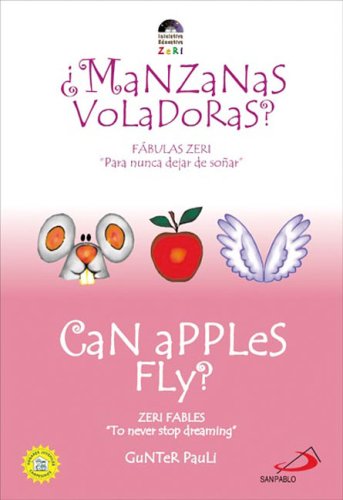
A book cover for Can Apples Fly? / Â¿Manzanas voladoras? (Zeri Fables); Gunter Pauli; Children's Books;